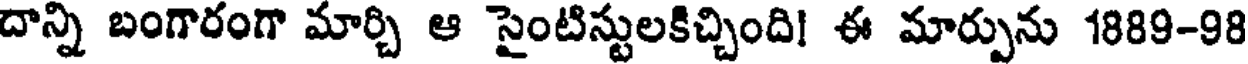
దాన్ని బంగారంగా మార్చి ఆ సైంటిస్టులకిచ్చింది! ఈ మార్పును 1889-98